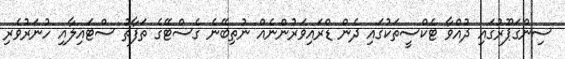
ސިންގަޕޫރުގައި ދުއްވާ ޓެކްސީތަކުގައި ދެން ޑްރައިވަރުންނެއް ނުތިބޭނެ ގެސްޓޭގެ ތަފާތު ސްޓައިލާއި ހުނަރުވެރި